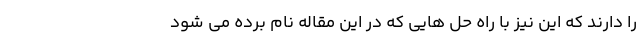
را دارند که این نیز با راه حل هایی که در این مقاله نام برده می شود